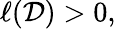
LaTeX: \ell(\mathcal{D})>0,